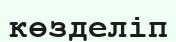
көзделіп